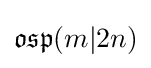
{\mathfrak {osp}}(m|2n)